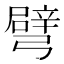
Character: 𢐦